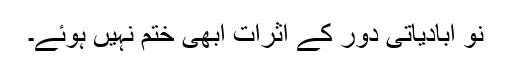
نو آبادیاتی دور کے اثرات ابھی ختم نہیں ہوئے۔